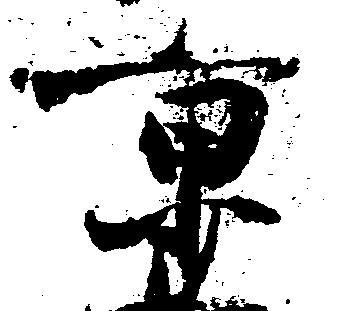
京